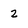
Character: 2